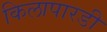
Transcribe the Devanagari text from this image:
किलापारडी